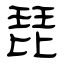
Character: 琵